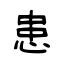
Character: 患